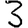
Digit: 3